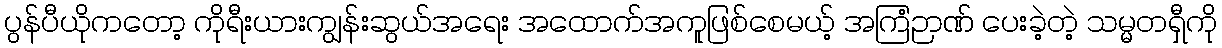
ပွန်ပီယိုကတော့ ကိုရီးယားကျွန်းဆွယ်အရေး အထောက်အကူဖြစ်စေမယ့် အကြံဉာဏ် ပေးခဲ့တဲ့ သမ္မတရှီကို